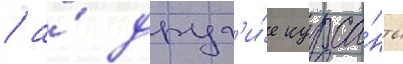
/ а́ друг'и́е курса́нты